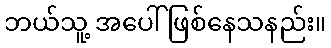
ဘယ်သူ့ အပေါ် ဖြစ်နေသနည်း။